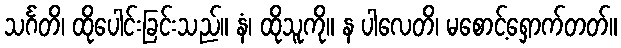
သင်္ဂတိ၊ ထိုပေါင်းခြင်းသည်။ နံ၊ ထိုသူကို။ န ပါလေတိ၊ မစောင့်ရှောက်တတ်။